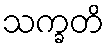
သက္ခတိ